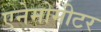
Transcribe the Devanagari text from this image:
एनेमोमीटर